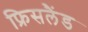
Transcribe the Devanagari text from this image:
फ्रिसलैंड